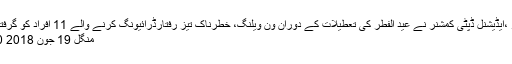
میرپور ،ْایڈیشنل ڈپٹی کمشنر نے عید الفطر کی تعطیلات کے دوران ون ویلنگ، خطرناک تیز رفتارڈرائیونگ کرنے والے 11 افراد کو گرفتارکرلیا
منگل 19 جون 2018 15:10